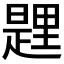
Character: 𨤱